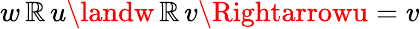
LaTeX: w\, \mathbb{R}\, u\landw\, \mathbb{R}\, v\Rightarrowu=v